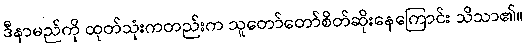
ဒီနာမည်ကို ထုတ်သုံးကတည်းက သူတော်တော်စိတ်ဆိုးနေကြောင်း သိသာ၏။